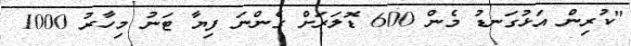
"ކުރިން އަޅުގަނޑު މެން 600 ޑޮލަރަށް ގެންނަ ފިޔާ ޓަނު މިހާރު 1000